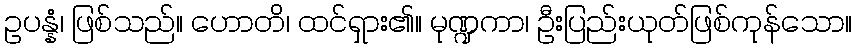
ဥပန္နံ၊ ဖြစ်သည်။ ဟောတိ၊ ထင်ရှား၏။ မုဏ္ဍကာ၊ ဦးပြည်းယုတ်ဖြစ်ကုန်သော။